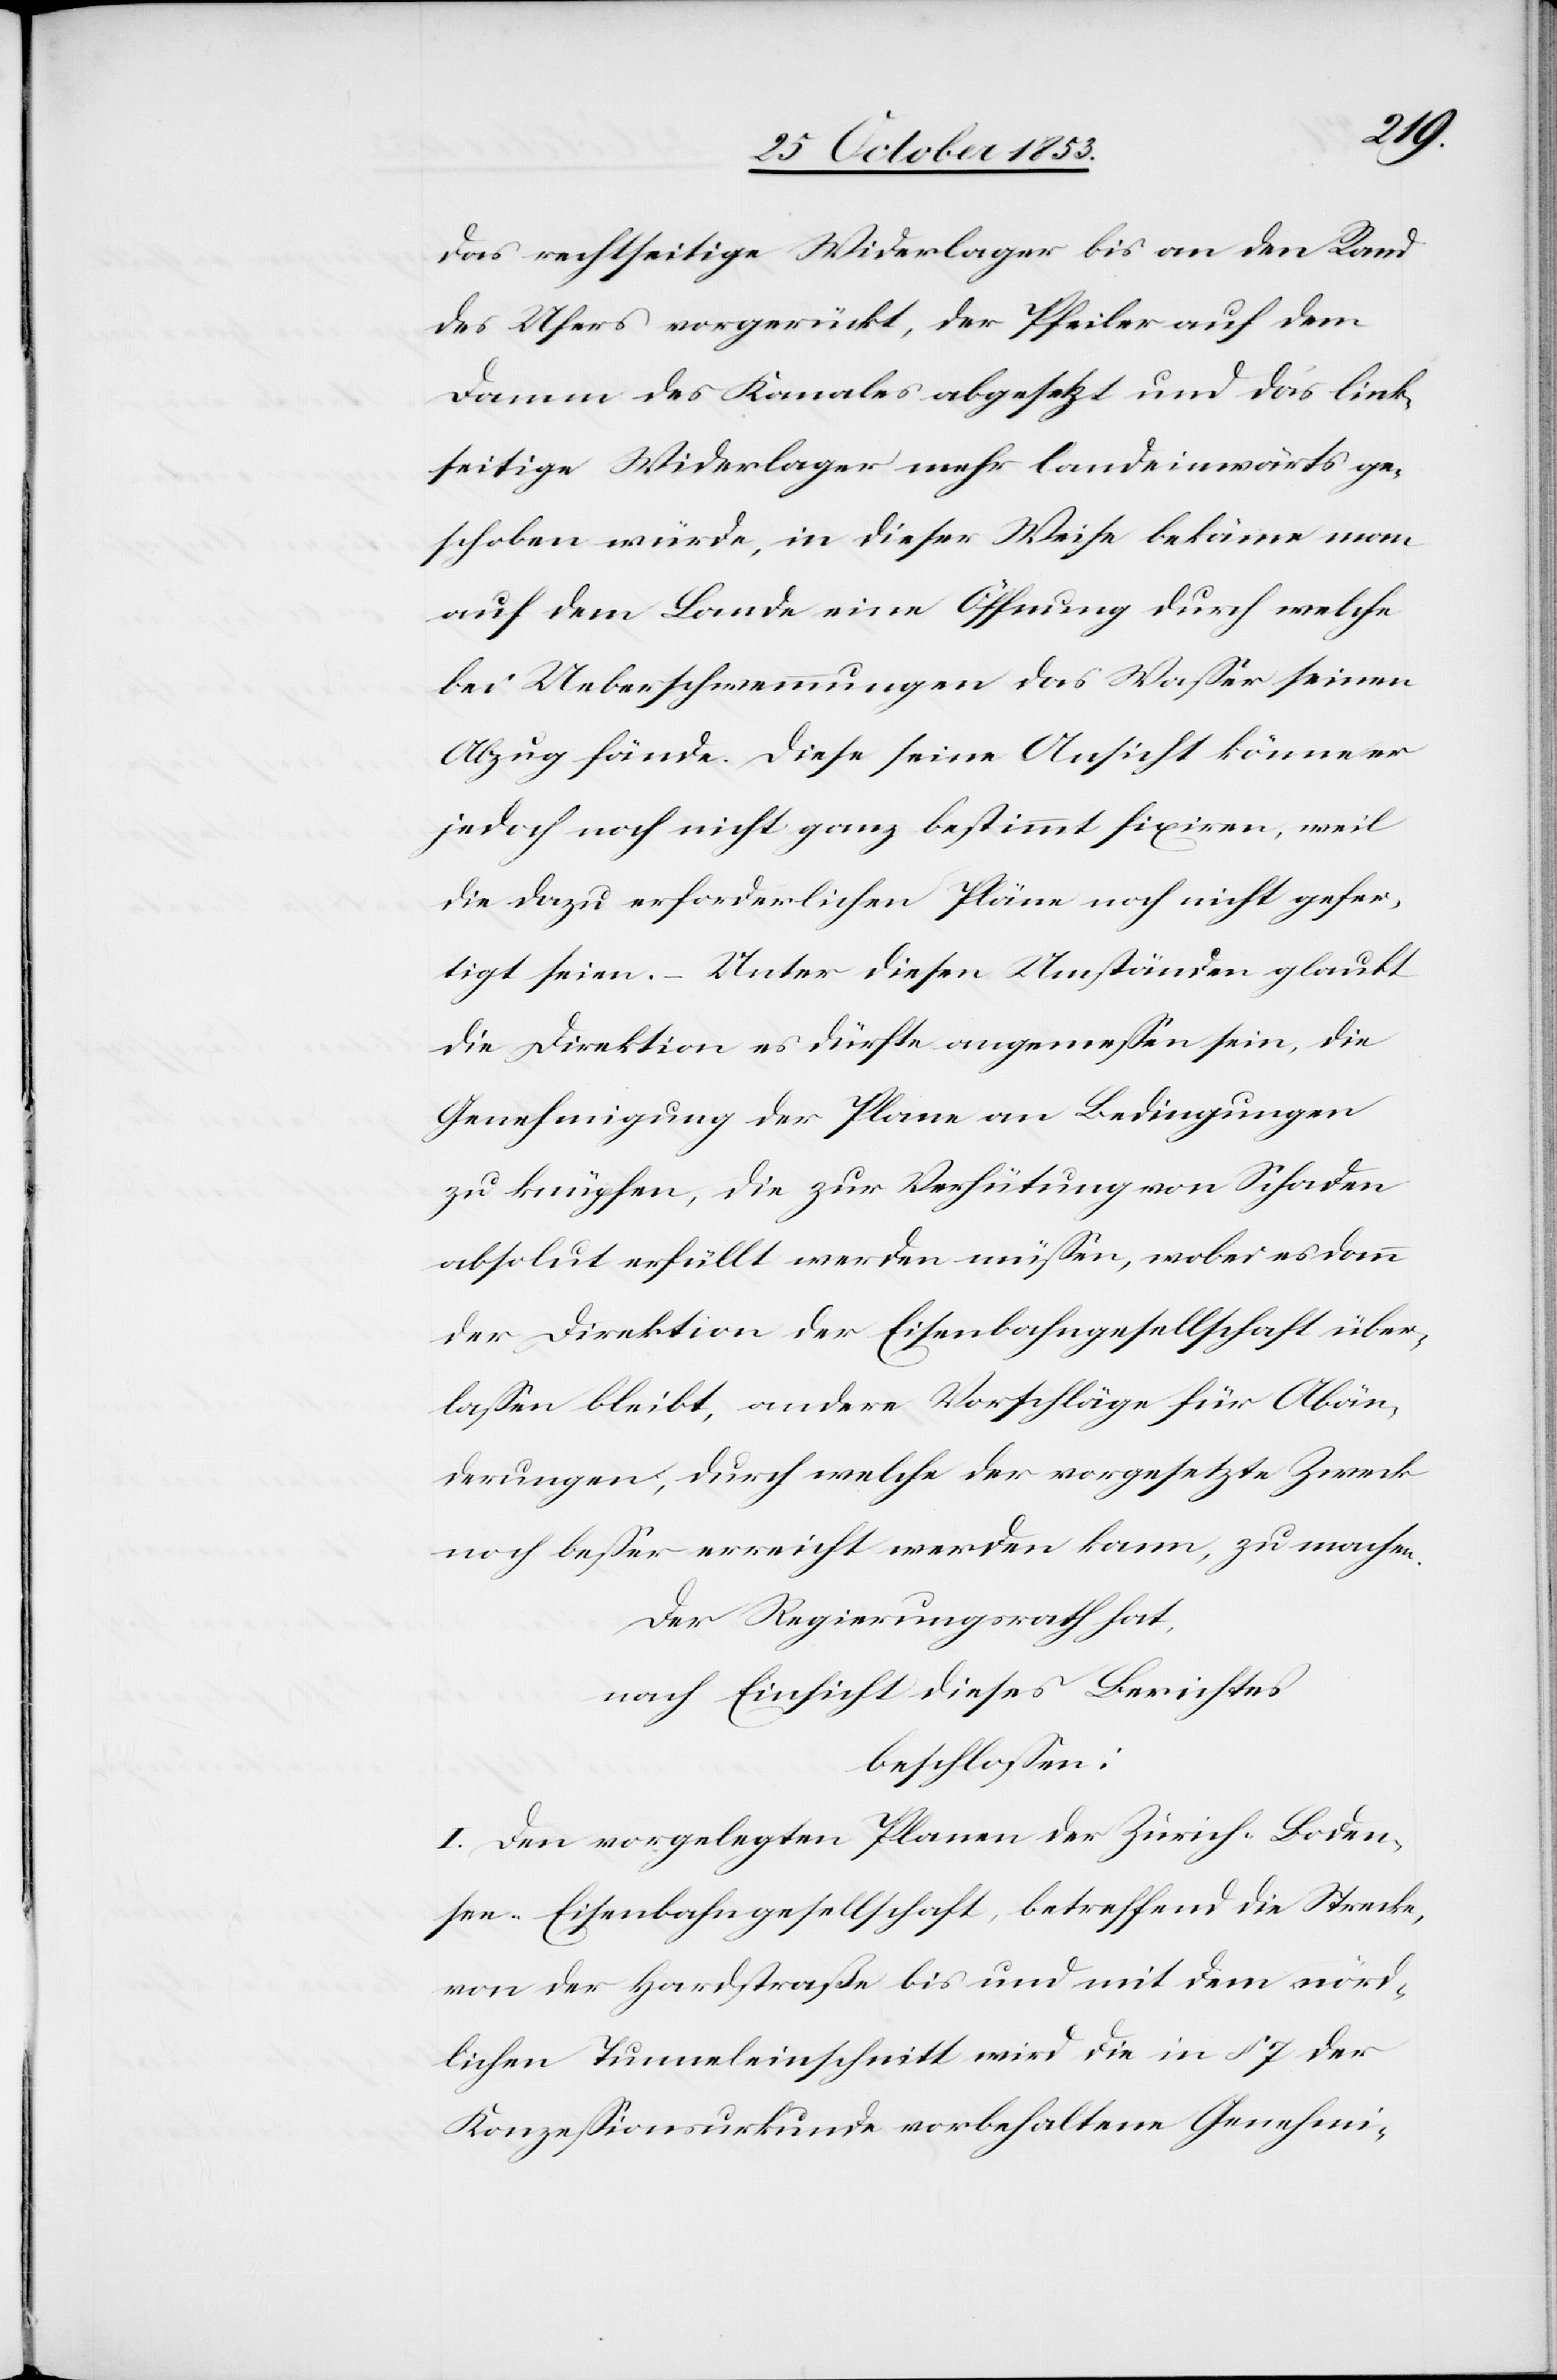
das rechtseitige Widerlager bis an den Rand
des Ufers vorgerückt, der Pfeiler auf dem
Damm des Kanales abgesetzt und das link¬
seitige Widerlager mehr landeinwärts ge¬
schoben würde, in dieser Weise bekäme man
auf dem Lande eine Öffnung durch welche
bei Ueberschwemmungen das Waßer seinen
Abzug fände. Diese seine Ansicht könne er
jedoch noch nicht ganz bestimmt fixiren, weil
die dazu erforderlichen Pläne noch nicht gefer¬
tigt seien. – Unter diesen Umständen glaubt
die Direktion es dürfte angemeßen sein, die
Genehmigung der Plane an Bedingungen
zu knüpfen, die zur Verhütung von Schaden
absolut erfüllt werden müßen, wobei es dann
der Direktion der Eisenbahngesellschaft über¬
laßen bleibt, andere Vorschläge für Abän¬
derungen, durch welche der vorgesetzte Zweck
noch beßer erreicht werden kann, zu machen.
Der Regierungsrath hat,
nach Einsicht dieses Berichtes
beschloßen:
I. Den vorgelegten Planen der Zürich-Boden¬
see-Eisenbahngesellschaft, betreffend die Streck¬
e der Hardstraße bis und mit dem nörd¬
lichen Tunneleinschnitt wird die in § 7 der
Konzeßionsurkunde vorbehaltene Genehmi-